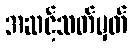
အဆင့်သတ်မှတ်